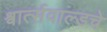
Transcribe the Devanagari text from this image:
श्वार्त्सवाल्डचे